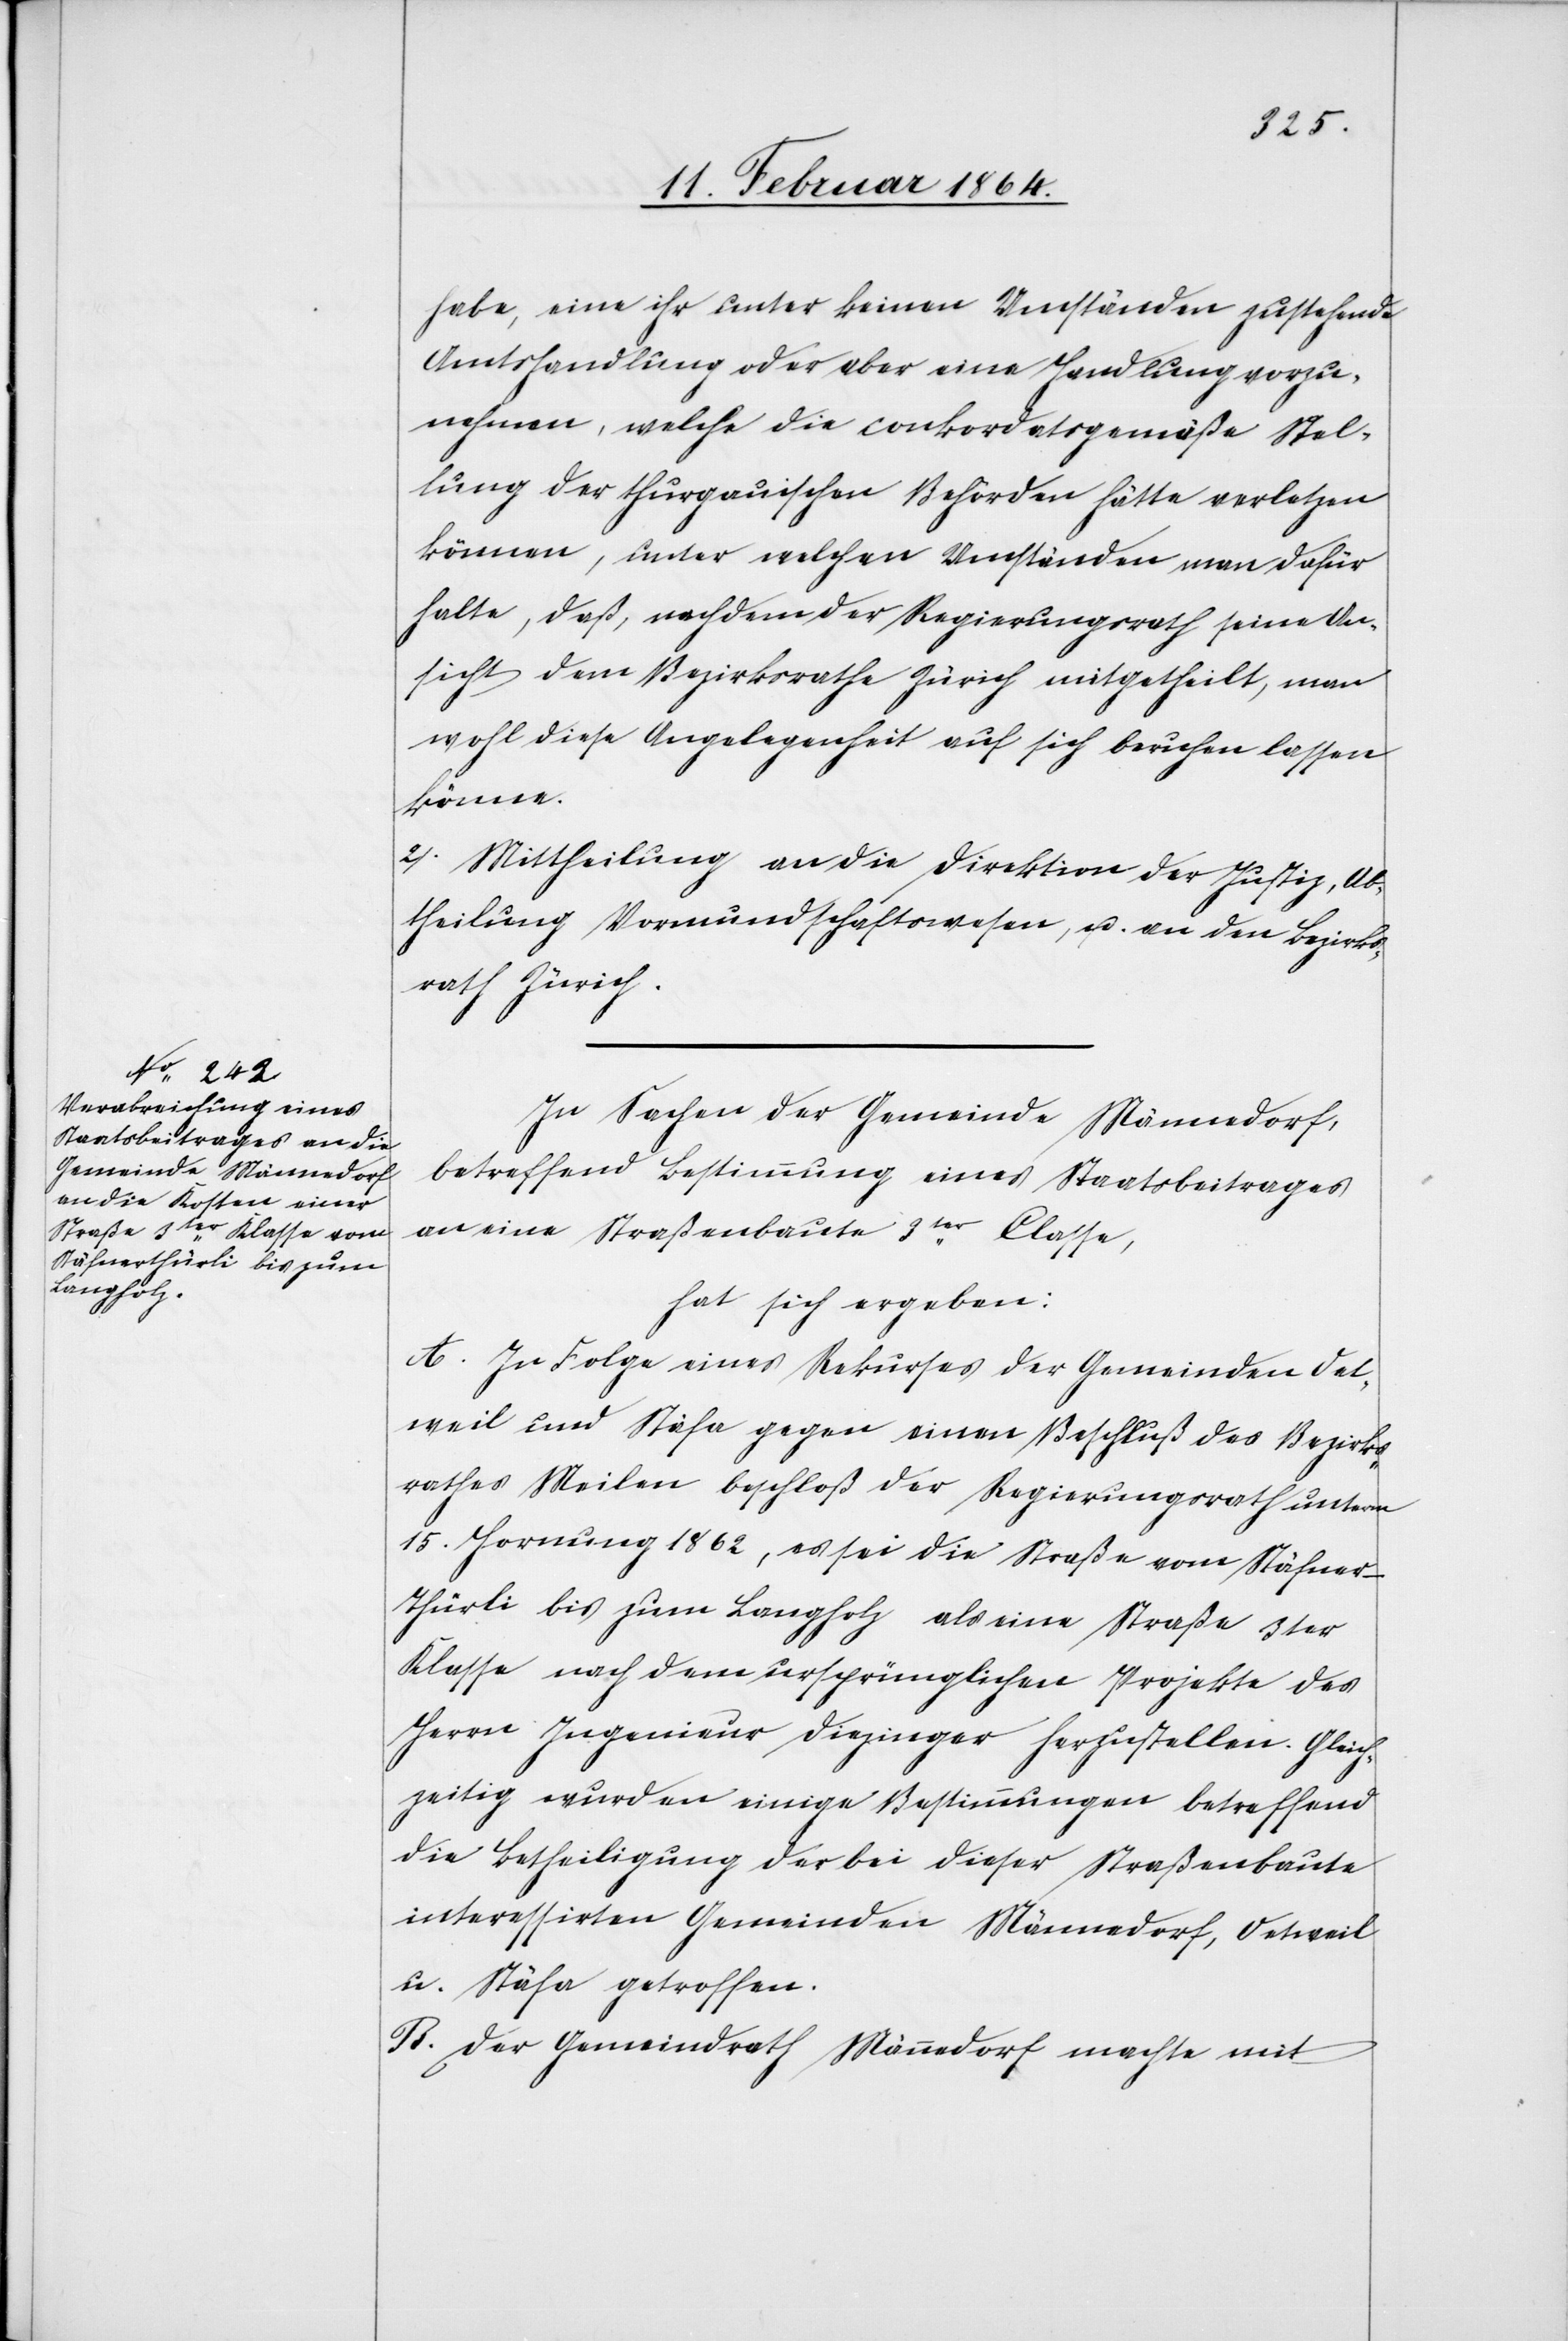
habe, eine ihr unter keinen Umständen zustehende
Amtshandlung oder aber eine Handlung vorzu¬
nehmen, welche die conkordatsgemäße Stel¬
lung der thurgauischen Behörden hätte verletzen
können, unter welchen Umständen man dafür
halte, daß, nachdem der Regierungsrath seine An¬
sicht dem Bezirksrathe Zürich mitgetheilt, man
wohl diese Angelegenheit auf sich beruhen lassen
könne.
2. Mittheilung an die Direktion der Justiz, Ab¬
theilung Vormundschaftswesen, u. an den Bezirks¬
rath Zürich.
In Sachen der Gemeinde Männedorf,
betreffend Bestimmung eines Staatsbeitrages
an eine Straßenbaute 3ter Classe,
hat sich ergeben:
A. In Folge eines Rekurses der Gemeinden Oet¬
weil und Stäfa gegen einen Beschluß des Bezirks¬
rathes Meilen beschloß der Regierungsrath unterm
15. Hornung 1862, es sei die Straße vom Stäfner-T¬
hürli bis zum Langholz als eine Straße 3ter
Klasse nach dem ursprünglichen Projekte des
Herrn Ingenieur Diezinger herzustellen. Gleich¬
zeitig wurden einige Bestimmungen betreffend
die Betheiligung der bei dieser Straßenbaute
interessirten Gemeinden Männedorf, Oetweil
u. Stäfa getroffen.
B. Der Gemeindrath Männedorf machte mit